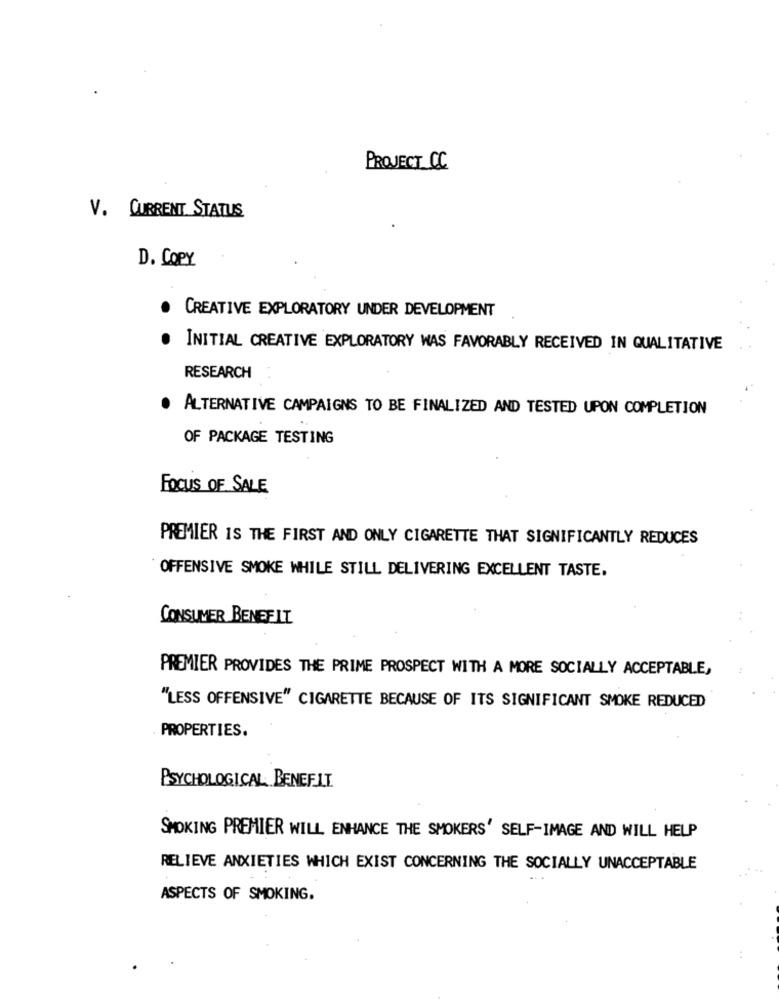
PROJECT CC
V. CURRENT STATUS
D. COPY
. CREATIVE EXPLORATORY UNDER DEVELOPMENT
INITIAL CREATIVE EXPLORATORY WAS FAVORABLY RECEIVED IN QUALITATIVE
RESEARCH
. ALTERNATIVE CAMPAIGNS TO BE FINALIZED AND TESTED UPON COMPLETION
OF PACKAGE TESTING
FOCUS OF SALE
PREMIER IS THE FIRST AND ONLY CIGARETTE THAT SIGNIFICANTLY REDUCES
OFFENSIVE SMOKE WHILE STILL DELIVERING EXCELLENT TASTE.
CONSUMER BENEFIT
PREMIER PROVIDES THE PRIME PROSPECT WITH A MORE SOCIALLY ACCEPTABLE,
"LESS OFFENSIVE" CIGARETTE BECAUSE OF ITS SIGNIFICANT SMOKE REDUCED
PROPERTIES.
PSYCHOLOGICAL: BENEFIT
SMOKING PREMIER WILL ENHANCE THE SMOKERS' SELF-IMAGE AND WILL HELP
RELIEVE ANXIETIES WHICH EXIST CONCERNING THE SOCIALLY UNACCEPTABLE
ASPECTS OF SMOKING.
: